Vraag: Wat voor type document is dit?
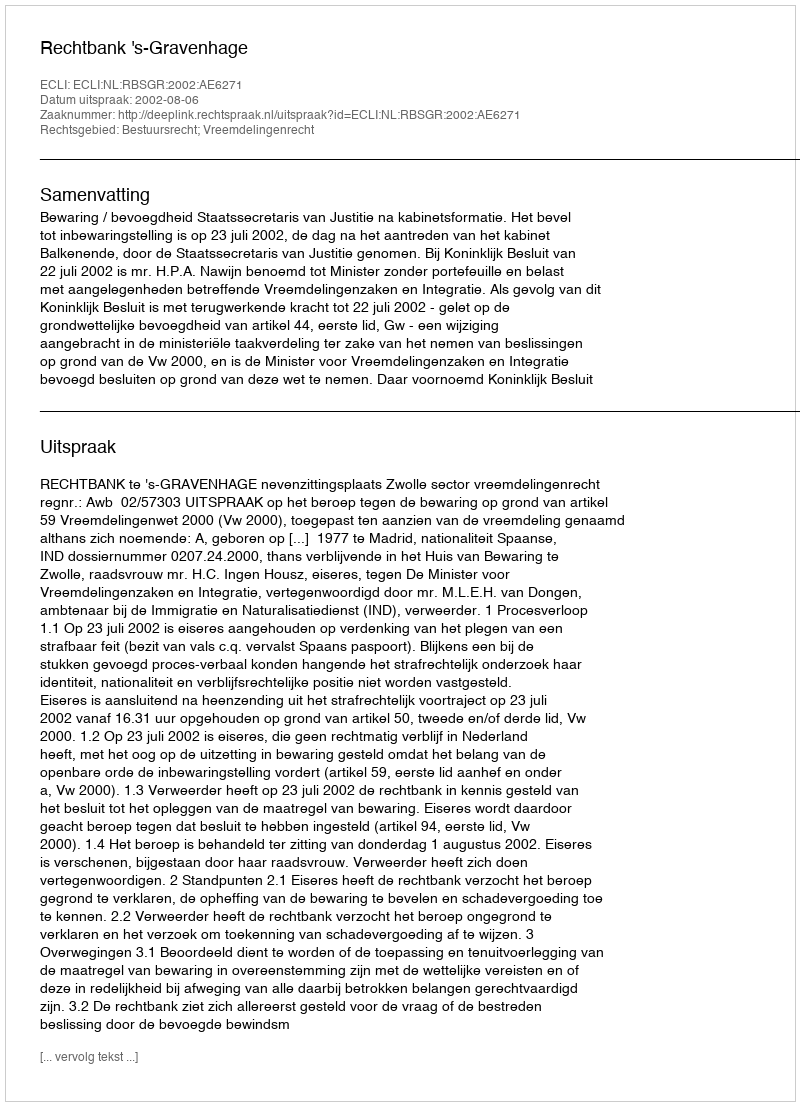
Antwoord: Uitspraak